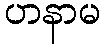
ဟနာမ